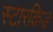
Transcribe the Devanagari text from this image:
स्टारकिड